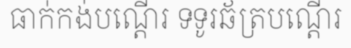
ធាក់កង់បណ្តើរ ទទូរឆ័ត្របណ្តើរ